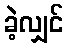
ခဲ့လျှင်